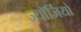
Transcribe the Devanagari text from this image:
ज्यॉर्जियो